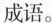
成语。